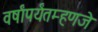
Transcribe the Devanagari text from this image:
वर्षांपर्यंतम्हणजे